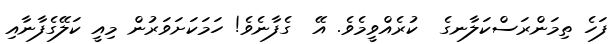
ފަހެ ތިމަންރަސްކަލާނގެ  ކުރެއްވީމެވެ. އޭ  ގެފާނެވެ! ހަމަކަށަވަރުން މިއީ ކަލޭގެފާނާއި